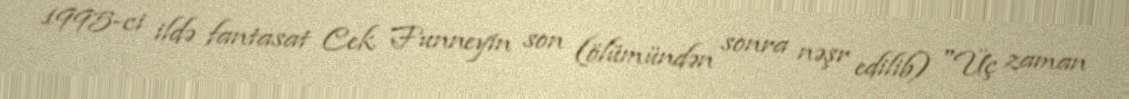
1995-ci ildə fantasat Cek Funneyin son (ölümündən sonra nəşr edilib) "Üç zaman